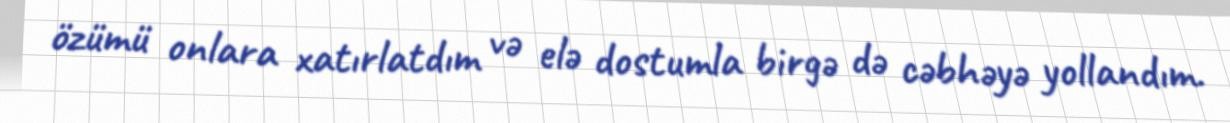
özümü onlara xatırlatdım və elə dostumla birgə də cəbhəyə yollandım.